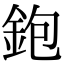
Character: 鉋